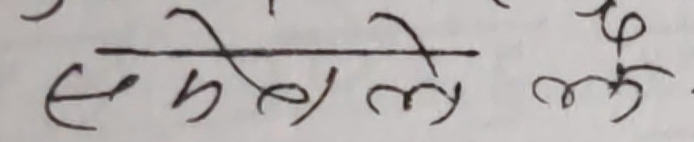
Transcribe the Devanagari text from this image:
सेभेलेज्ञे